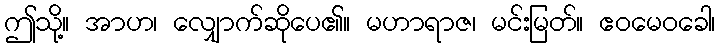
ဤသို့။ အာဟ၊ လျှောက်ဆိုပေ၏။ မဟာရာဇ၊ မင်းမြတ်။ ဧဝမေဝခေါ၊